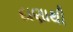
દાણાથી